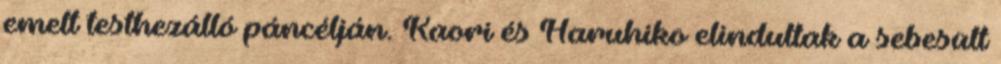
emelt testhezálló páncélján. Kaori és Haruhiko elindultak a sebesült